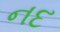
નદ